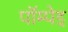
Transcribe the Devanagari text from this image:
पॉम्पेइ